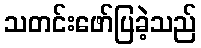
သတင်းဖော်ပြခဲ့သည်